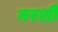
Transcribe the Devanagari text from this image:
नरशी